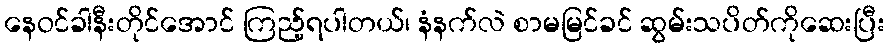
နေဝင်ခါနီးတိုင်အောင် ကြည့်ရပါတယ်၊ နံနက်လဲ စာမမြင်ခင် ဆွမ်းသပိတ်ကိုဆေးပြီး